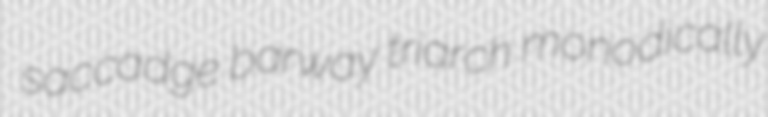
saccadge barway triarch monodically